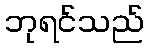
ဘုရင်သည်